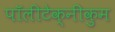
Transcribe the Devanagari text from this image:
पॉलीटेक्नीकुम